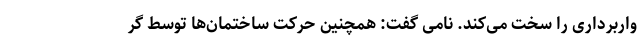
واربرداری را سخت می‌کند. نامی گفت: همچنین حرکت ساختمان‌ها توسط گر